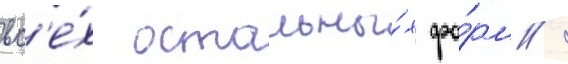
вс'е́х остальны́х фо́рм /